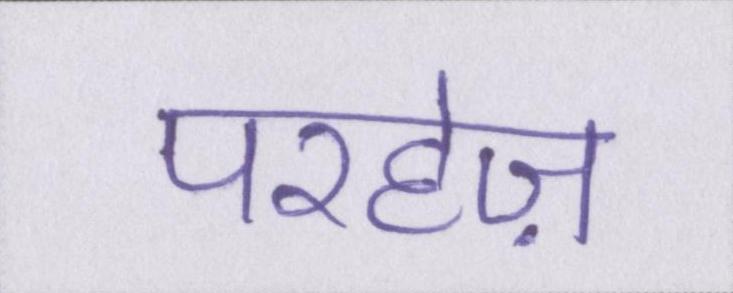
परहेज़